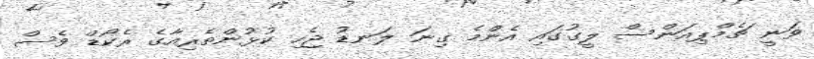
ވަނީ ޗެމްޕިއަންސް ލީގުގައި އެންމެ ގިނަ ލަނޑު ޖެހި ކުޅުންތެރިއާގެ ރެކޯޑް ވެސް